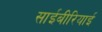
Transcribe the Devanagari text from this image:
साईबीरियाई